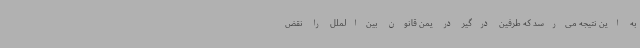
به این نتیجه می‌رسد که طرفین درگیر در یمن قانون بین‌الملل را نقض